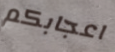
اعجابكم